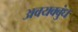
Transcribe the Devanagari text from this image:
अवयवबुंध